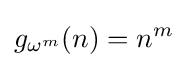
g_{\omega ^{m}}(n)=n^{m}